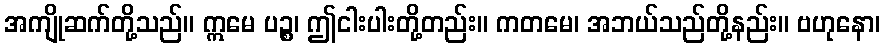
အကျိုဆက်တို့သည်။ ဣမေ ပဉ္စ၊ ဤငါးပါးတို့တည်း။ ကတမေ၊ အဘယ်သည်တို့နည်း။ ဗဟုနော၊